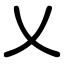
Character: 乂